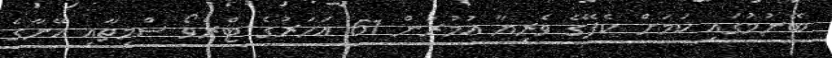
ބޭނުމުގައި ކަމަށް ކެފޭގެ ވެރިޔާ އުމުރުން 61 އަހަރުގެ ޓްރެވޯ ސްމިތާއި އޭނާގެ